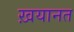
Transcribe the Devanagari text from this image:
ख़यानत